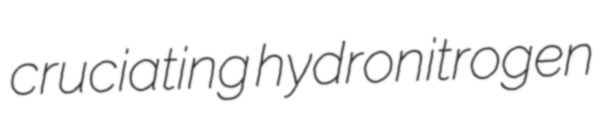
cruciating hydronitrogen